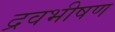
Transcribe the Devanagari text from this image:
द्रवभीषण